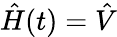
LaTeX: \hat{H}(t)=\hat{V}